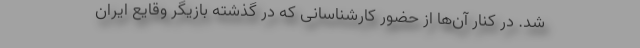
شد. در کنار آن‌ها از حضور کارشناسانی که در گذشته بازیگر وقایع ایران